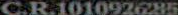
C.R.101092685